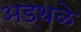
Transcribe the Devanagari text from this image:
अड्थळे